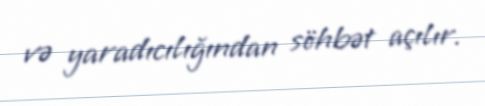
və yaradıcılığından söhbət açılır.